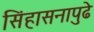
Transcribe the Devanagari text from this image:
सिंहासनापुढे